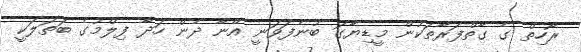
ރޯހިތް ގެ ގާތްފަރާތަކުން މީޑިޔާގަ ބުނެފަވަނީ އޭނާ ދެން ހަދާ ފިލްމުގެ ބަތަލަކީ